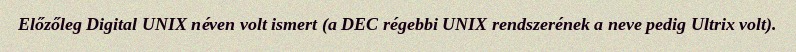
Előzőleg Digital UNIX néven volt ismert (a DEC régebbi UNIX rendszerének a neve pedig Ultrix volt).